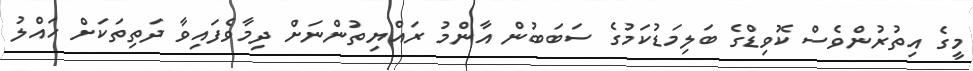
މީގެ އިތުރުންވެސް ކޮވިޑްގެ ބަލިމަޑުކަމުގެ ސަބަބުން އާންމު ރައްޔިތުންނަށް ދިމާވެފައިވާ ދަތިތަކަށް ހައްލު